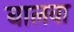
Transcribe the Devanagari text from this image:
बालवा